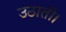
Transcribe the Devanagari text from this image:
उठाती।